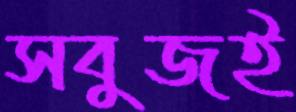
সবুজই